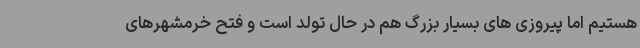
هستیم اما پیروزی های بسیار بزرگ هم در حال تولد است و فتح خرمشهرهای